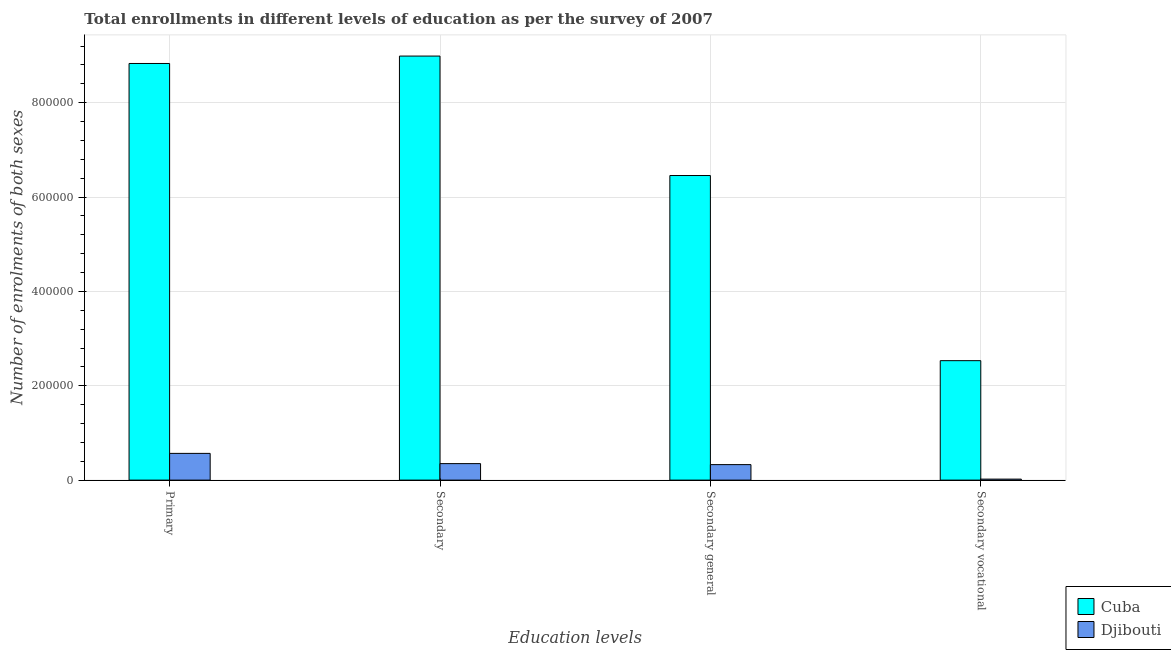
| Education levels | Cuba | Djibouti |
 | --- | --- | --- |
 | Primary | 8.83e+05 | 5.67e+04 |
 | Secondary | 8.99e+05 | 3.5e+04 |
 | Secondary general | 6.46e+05 | 3.29e+04 |
 | Secondary vocational | 2.53e+05 | 2.11e+03 |